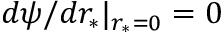
d \psi / d r _ { * } | _ { r _ { * } = 0 } = 0